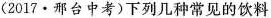
(2017·邢台中考)下列几种常见的饮料